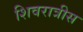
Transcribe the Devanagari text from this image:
शिवरात्रीस